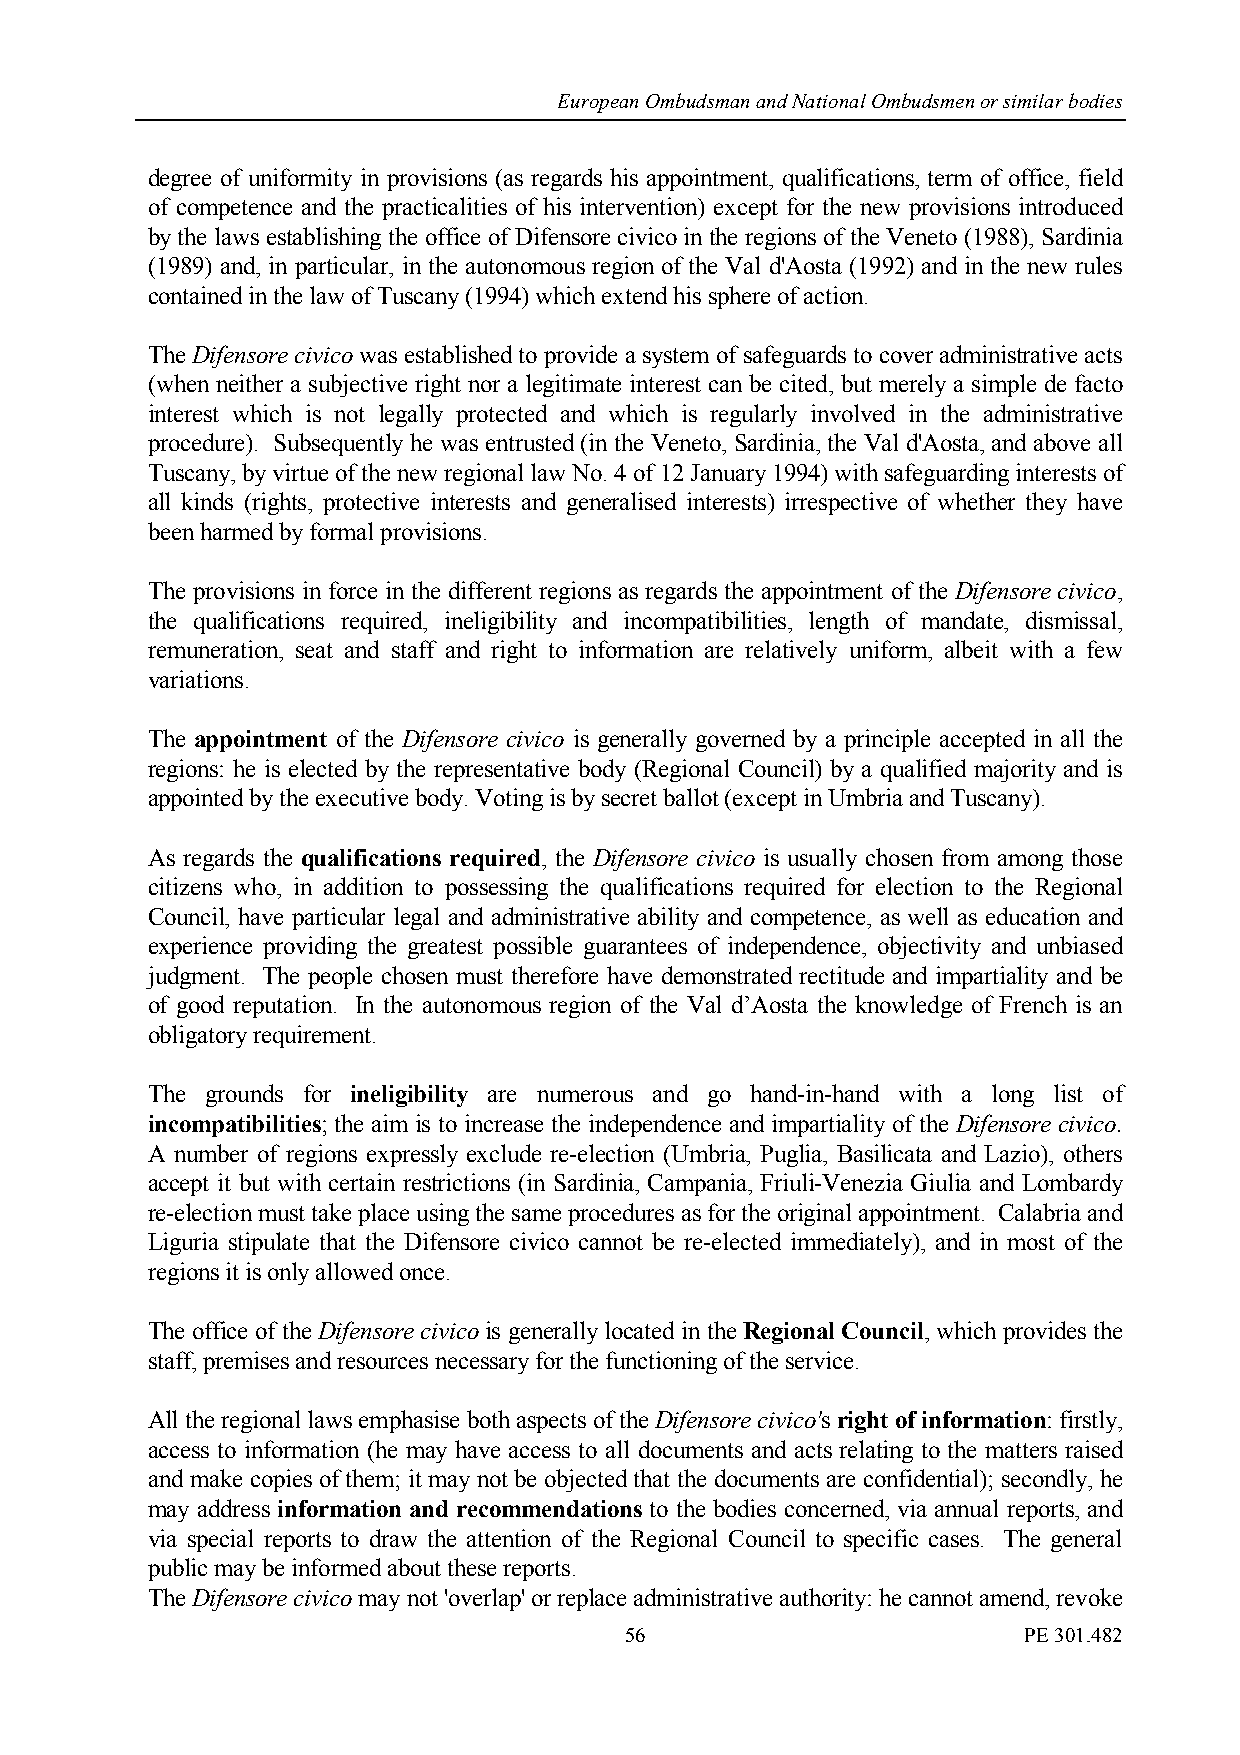
European Ombudsman and National Ombudsmen or similar bodies
 degree of uniformity in provisions (as regards his appointment, qualifications, term of office, field
 of competence and the practicalities of his intervention) except for the new provisions introduced
 by the laws establishing the office of Difensore civico in the regions of the Veneto (1988), Sardinia
 (1989) and, in particular, in the autonomous region of the Val d'Aosta (1992) and in the new rules
 contained in the law of Tuscany (1994) which extend his sphere of action.
 The Difensore civico was established to provide a system of safeguards to cover administrative acts
 (when neither a subjective right nor a legitimate interest can be cited, but merely a simple de facto
 interest which is not legally protected and which is regularly involved in the administrative
 procedure). Subsequently he was entrusted (in the Veneto, Sardinia, the Val d'Aosta, and above all
 Tuscany, by virtue of the new regional law No. 4 of 12 January 1994) with safeguarding interests of
 all kinds (rights, protective interests and generalised interests) irrespective of whether they have
 been harmed by formal provisions.
 The provisions in force in the different regions as regards the appointment of the Difensore civico,
 the qualifications required, ineligibility and incompatibilities, length of mandate, dismissal,
 remuneration, seat and staff and right to information are relatively uniform, albeit with a few
 variations.
 The appointment of the Difensore civico is generally governed by a principle accepted in all the
 regions: he is elected by the representative body (Regional Council) by a qualified majority and is
 appointed by the executive body. Voting is by secret ballot (except in Umbria and Tuscany).
 As regards the qualifications required, the Difensore civico is usually chosen from among those
 citizens who, in addition to possessing the qualifications required for election to the Regional
 Council, have particular legal and administrative ability and competence, as well as education and
 experience providing the greatest possible guarantees of independence, objectivity and unbiased
 judgment. The people chosen must therefore have demonstrated rectitude and impartiality and be
 of good reputation. In the autonomous region of the Val d’Aosta the knowledge of French is an
 obligatory requirement.
 The grounds for ineligibility are numerous and go hand-in-hand with a long list of
 incompatibilities; the aim is to increase the independence and impartiality of the Difensore civico.
 A number of regions expressly exclude re-election (Umbria, Puglia, Basilicata and Lazio), others
 accept it but with certain restrictions (in Sardinia, Campania, Friuli-Venezia Giulia and Lombardy
 re-election must take place using the same procedures as for the original appointment. Calabria and
 Liguria stipulate that the Difensore civico cannot be re-elected immediately), and in most of the
 regions it is only allowed once.
 The office of the Difensore civico is generally located in the Regional Council, which provides the
 staff, premises and resources necessary for the functioning of the service.
 All the regional laws emphasise both aspects of the Difensore civico's right of information: firstly,
 access to information (he may have access to all documents and acts relating to the matters raised
 and make copies of them; it may not be objected that the documents are confidential); secondly, he
 may address information and recommendations to the bodies concerned, via annual reports, and
 via special reports to draw the attention of the Regional Council to specific cases. The general
 public may be informed about these reports.
 The Difensore civico may not 'overlap' or replace administrative authority: he cannot amend, revoke
 56                         PE 301.482